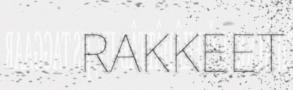
RAKKEET